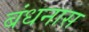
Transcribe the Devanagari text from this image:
बंधनास